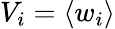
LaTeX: V_{i}=\langle w_{i}\rangle